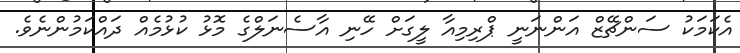
އެކަމަކު ސަންޗޭޒް އަންނަނީ ޕްރިމިއާ ލީގަށް ހޭނި އާސެނަލްގެ މޮޅު ކުޅުމެއް ދައްކަމުންނެވެ.